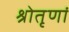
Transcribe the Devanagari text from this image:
श्रोतृणां